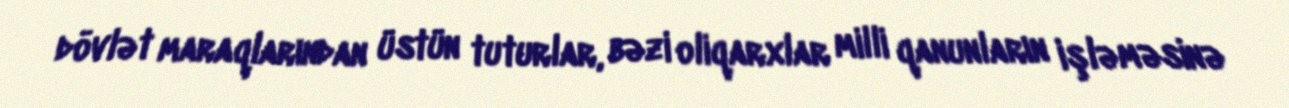
dövlət maraqlarından üstün tuturlar, bəzi oliqarxlar milli qanunların işləməsinə